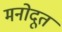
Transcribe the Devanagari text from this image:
मनोदूत